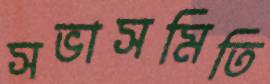
সভাসমিতি